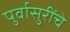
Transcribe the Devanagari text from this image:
पुर्वासुरींचे